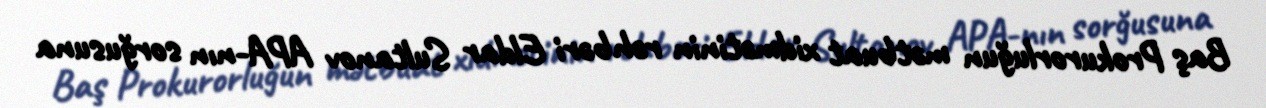
Baş Prokurorluğun mətbuat xidmətinin rəhbəri Eldar Sultanov APA-nın sorğusuna